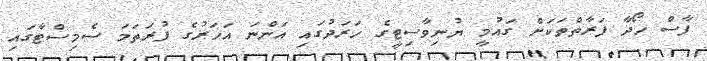
ފާސް ހޯދާ ފަރާތްތަކަށް ގައުމީ ޔުނިވާސިޓީގެ ހަރަދުގައި އަންނަ އަހަރުގެ ފުރަތަމަ ސެމިސްޓާގައި